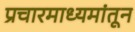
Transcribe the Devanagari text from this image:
प्रचारमाध्यमांतून